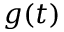
g ( t )